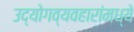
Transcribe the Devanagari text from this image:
उद्योगव्यवहारांमध्ये